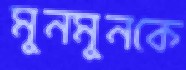
মুনমুনকে